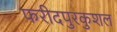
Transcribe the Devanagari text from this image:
फरीदपुरकुशल